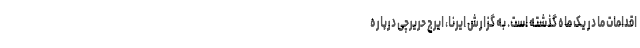
اقدامات ‌ما در یک ماه گذشته است. به گزارش ایرنا، ایرج حریرچی درباره